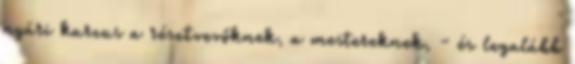
nyári kurzus a résztvevőknek, a mestereknek, - és legalább